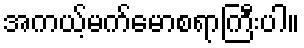
အကယ့်မက်မောစရာကြီးပါ။